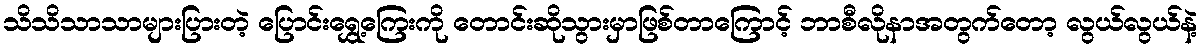
သိသိသာသာများပြားတဲ့ ပြောင်းရွှေ့ကြေးကို တောင်းဆိုသွားမှာဖြစ်တာကြောင့် ဘာစီလိုနာအတွက်တော့ လွယ်လွယ်နဲ့